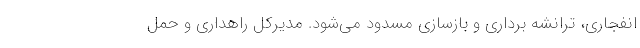
انفجاری، ترانشه برداری و بازسازی مسدود می‌شود. مدیرکل راهداری و حمل